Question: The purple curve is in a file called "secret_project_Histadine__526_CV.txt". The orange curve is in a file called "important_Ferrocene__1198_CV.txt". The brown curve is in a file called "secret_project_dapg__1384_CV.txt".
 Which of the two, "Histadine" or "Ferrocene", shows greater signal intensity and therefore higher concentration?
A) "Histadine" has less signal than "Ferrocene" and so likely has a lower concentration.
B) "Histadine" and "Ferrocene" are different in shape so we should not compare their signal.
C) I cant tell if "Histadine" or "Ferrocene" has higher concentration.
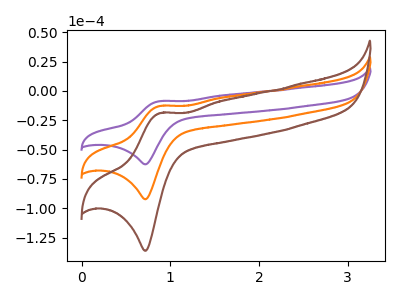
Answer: <think>The purple curve "Histadine" has an anodic peak at (0.90V, -8.65uA) and a cathodic peak at (0.70V, -62.50uA). The orange curve "Ferrocene" has an anodic peak at (0.90V, -12.75uA) and a cathodic peak at (0.70V, -92.30uA). The brown curve "dapg" has an anodic peak at (0.90V, -25.50uA) and a cathodic peak at (0.70V, -184.60uA).
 All the peaks in "Histadine" have a peak in "Ferrocene" at the same potential.</think>
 <answer>C) I cant tell if "Histadine" or "Ferrocene" has higher concentration.</answer>
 <eval>C</eval>